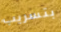
بتسريب